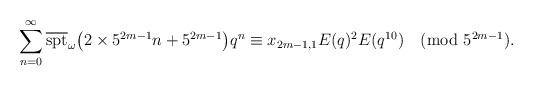
LaTeX: \begin{align*}\sum_{n=0}^\infty\overline{\textrm{spt}}_\omega{\left(2\times5^{2m-1}n+5^{2m-1}\right)}q^n &\equiv x_{2m-1,1}E(q)^2E(q^{10})\pmod{5^{2m-1}}.\end{align*}